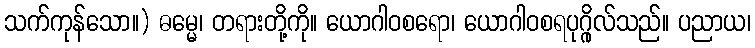
သက်ကုန်သော။) ဓမ္မေ၊ တရားတို့ကို။ ယောဂါဝစရော၊ ယောဂါဝစရပုဂ္ဂိုလ်သည်။ ပညာယ၊